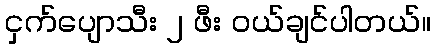
ငှက်ပျောသီး ၂ ဖီး ဝယ်ချင်ပါတယ်။